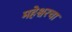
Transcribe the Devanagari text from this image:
महेश्वरचा